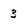
Character: 3